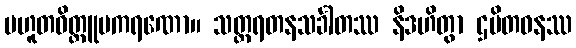
ပဟူတဝိတ္တူပကရဏော။ သတ္တရတနသင်္ခါတဿ နိဒဟိတွာ ဌပိတဓနဿ